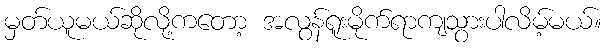
မှတ်ယူမယ်ဆိုလို့ကတော့ အလွန်ရူးမိုက်ရာကျသွားပါလိမ့်မယ်။